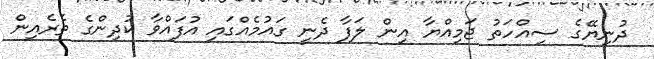
ދުނިޔޭގެ ސިއްހަތު ޖަމިއްޔާ އިން ލަފާ ދެނީ ގައުމެއްގައި އުފައްވާ ކުދިންގެ ތެރެއިން